Indian journal of veterinary science and animal husbandry - Volumes 24-25, 1954-1955
Year: 1954
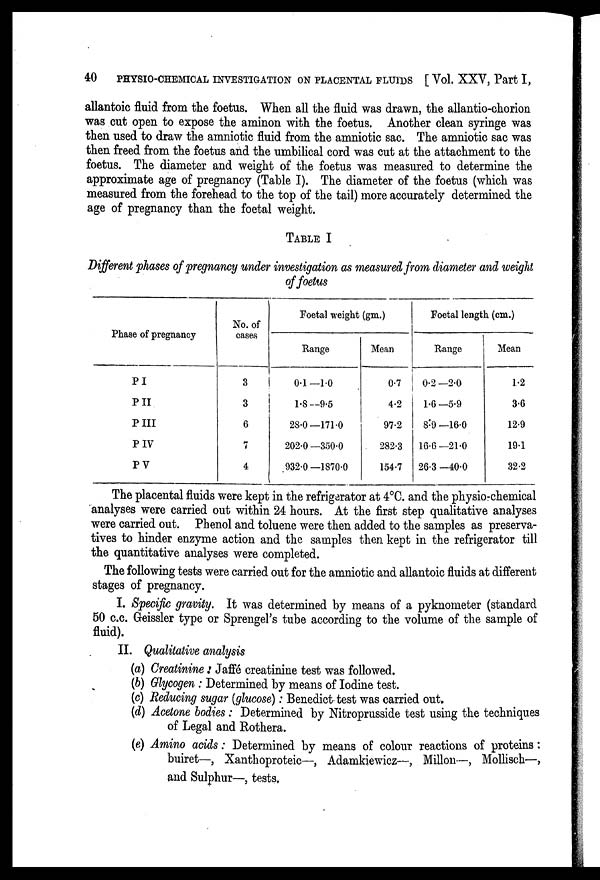
40
PHYSIO-CHEMICAL INVESTIGATION ON PLACENTAL FLUIDS [Vol. XXV, Part I,
allantoic fluid from the foetus. When all the fluid was drawn, the allantio-chorion
was cut open to expose the aminon with the foetus. Another clean syringe was
then used to draw the amniotic fluid from the amniotic sac. The amniotic sac was
then freed from the foetus and the umbilical cord was cut at the attachment to the
foetus. The diameter and weight of the foetus was measured to determine the
approximate age of pregnancy (Table I). The diameter of the foetus (which was
measured from the forehead to the top of the tail) more accurately determined the
age of pregnancy than the foetal weight.
TABLE I
Different phases of pregnancy under investigation as measured from diameter and weight
of foetus
Phase of pregnancy
PI
P II
P III
P IV
P V
No. of
cases
3
3
6
7
4
Foetal weight (gm.)
Range
0.1—1.0
1.8— 9.5
28.0—171.0
202.0 —350.0
932.0—1870.0
Mean
0.7
4.2
97.2
282.3
154.7
Foetal length (cm.)
Range
0.2—2.0
1.6—5.9
8.9—16.0
16.6—21.0
26.3—40.0
Mean
1.2
3.6
12.9
19.1
32.2
The placental fluids were kept in the refrigerator at 4°C. and the physio-chemical
analyses were carried out within 24 hours. At the first step qualitative analyses
were carried out. Phenol and toluene were then added to the samples as preserva-
tives to hinder enzyme action and the samples then kept in the refrigerator till
the quantitative analyses were completed.
The following tests were carried out for the amniotic and allantoic fluids at different
stages of pregnancy.
I. Specific gravity. It was determined by means of a pyknometer (standard
50 c.c. Geissler type or Sprengel's tube according to the volume of the sample of
fluid).
II. Qualitative analysis
(a) Creatinine : Jaffé creatinine test was followed.
(b) Glycogen : Determined by means of Iodine test.
(c) Reducing sugar (glucose): Benedict test was carried out.
(d) Acetone bodies : Determined by Nitroprusside test using the techniques
of Legal and Rothera.
(e) Amino acids: Determined by means of colour reactions of proteins :
buiret—, Xanthoproteic—-, Adamkiewicz—, Millon—, Mollisch—,
and Sulphur—, tests.